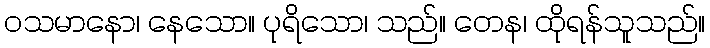
ဝသမာနော၊ နေသော။ ပုရိသော၊ သည်။ တေန၊ ထိုရန်သူသည်။